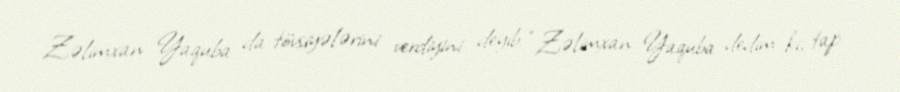
Zəlimxan Yaquba da tövsiyələrini verdiyini deyib: “Zəlimxan Yaquba dedim ki, tap